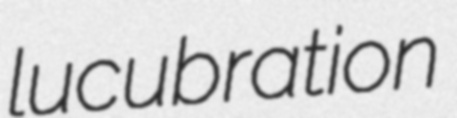
lucubration